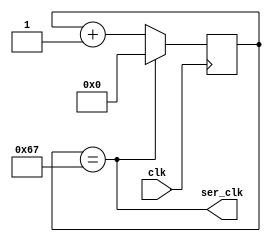
//
// Uart from swapforth by James Bowman subject to this reuse license
//
// Copyright (c) 2015, James Bowman
// All rights reserved.
//
// Redistribution and use in source and binary forms, with or without
// modification, are permitted provided that the following conditions are met:
//
// * Redistributions of source code must retain the above copyright notice, this
//  list of conditions and the following disclaimer.
// 
// * Redistributions in binary form must reproduce the above copyright notice,
//   this list of conditions and the following disclaimer in the documentation
//  and/or other materials provided with the distribution.
// 
// * Neither the name of swapforth nor the names of its
//   contributors may be used to endorse or promote products derived from
//  this software without specific prior written permission.
// 
// THIS SOFTWARE IS PROVIDED BY THE COPYRIGHT HOLDERS AND CONTRIBUTORS "AS IS"
// AND ANY EXPRESS OR IMPLIED WARRANTIES, INCLUDING, BUT NOT LIMITED TO, THE
// IMPLIED WARRANTIES OF MERCHANTABILITY AND FITNESS FOR A PARTICULAR PURPOSE ARE
// DISCLAIMED. IN NO EVENT SHALL THE COPYRIGHT HOLDER OR CONTRIBUTORS BE LIABLE
// FOR ANY DIRECT, INDIRECT, INCIDENTAL, SPECIAL, EXEMPLARY, OR CONSEQUENTIAL
// DAMAGES (INCLUDING, BUT NOT LIMITED TO, PROCUREMENT OF SUBSTITUTE GOODS OR
// SERVICES; LOSS OF USE, DATA, OR PROFITS; OR BUSINESS INTERRUPTION) HOWEVER
// CAUSED AND ON ANY THEORY OF LIABILITY, WHETHER IN CONTRACT, STRICT LIABILITY,
// OR TORT (INCLUDING NEGLIGENCE OR OTHERWISE) ARISING IN ANY WAY OUT OF THE USE
// OF THIS SOFTWARE, EVEN IF ADVISED OF THE POSSIBILITY OF SUCH DAMAGE.

`default_nettype none

`define CLKFREQ   12000000    // frequency of incoming signal 'clk'
`define BAUD      115200

// Simple baud generator for transmitter
// ser_clk pulses at 115200 Hz

module baudgen(
  input wire clk,
  output wire ser_clk);

  localparam lim = (`CLKFREQ / `BAUD) - 1; 
  localparam w = $clog2(lim);
  wire [w-1:0] limit = lim;
  reg [w-1:0] counter;
  assign ser_clk = (counter == limit);

  always @(posedge clk)
    counter <= ser_clk ? 0 : (counter + 1);
endmodule

// For receiver, a similar baud generator.
//
// Need to restart the counter when the transmission starts
// Generate 2X the baud rate to allow sampling on bit boundary
// So ser_clk pulses at 2*115200 Hz

module baudgen2(
  input wire clk,
  input wire restart,
  output wire ser_clk);

  localparam lim = (`CLKFREQ / (2 * `BAUD)) - 1; 
  localparam w = $clog2(lim);
  wire [w-1:0] limit = lim;
  reg [w-1:0] counter;
  assign ser_clk = (counter == limit);

  always @(posedge clk)
    if (restart)
      counter <= 0;
    else
      counter <= ser_clk ? 0 : (counter + 1);

endmodule

/*

-----+     +-----+-----+-----+-----+-----+-----+-----+-----+-----+-----+----
     |     |     |     |     |     |     |     |     |     |     |     |
     |start|  1  |  2  |  3  |  4  |  5  |  6  |  7  |  8  |stop1|stop2|
     |     |     |     |     |     |     |     |     |     |     |  ?  |
     +-----+-----+-----+-----+-----+-----+-----+-----+-----+           +

*/

module uart(
   input wire clk,
   input wire resetq,

   output wire uart_busy,       // High means UART is transmitting
   output reg uart_tx,          // UART transmit wire

   input wire uart_wr_i,        // Raise to transmit byte
   input wire [7:0] uart_dat_i
);
  reg [3:0] bitcount;           // 0 means idle, so this is a 1-based counter
  reg [8:0] shifter;

  assign uart_busy = |bitcount;
  wire sending = |bitcount;

  wire ser_clk;

  baudgen _baudgen(
    .clk(clk),
    .ser_clk(ser_clk));

  always @(negedge resetq or posedge clk)
  begin
    if (!resetq) begin
      uart_tx <= 1;
      bitcount <= 0;
      shifter <= 0;
    end else begin
      if (uart_wr_i) begin
        { shifter, uart_tx } <= { uart_dat_i[7:0], 1'b0, 1'b1 };
        bitcount <= 1 + 8 + 1;    // 1 start, 8 data, 1 stop
      end else if (ser_clk & sending) begin
        { shifter, uart_tx } <= { 1'b1, shifter };
        bitcount <= bitcount - 4'd1;
      end
    end
  end

endmodule

module rxuart(
   input wire clk,
   input wire resetq,
   input wire uart_rx,      // UART recv wire
   input wire rd,           // read strobe
   output wire valid,       // has data 
   output wire [7:0] data); // data
  reg [4:0] bitcount;
  reg [7:0] shifter;

  // bitcount == 11111: idle
  //             0-17:  sampling incoming bits
  //             18:    character received

  // On starting edge, wait 3 half-bits then sample, and sample every 2 bits thereafter

  wire idle = &bitcount;

   

  assign valid = (bitcount == 18);

  

  wire sample;
  reg [2:0] hh = 3'b111;
  wire [2:0] hhN = {hh[1:0], uart_rx};
  wire startbit = idle & (hhN[2:1] == 2'b10);
  wire [7:0] shifterN = sample ? {hh[1], shifter[7:1]} : shifter;

  wire ser_clk;

  baudgen2 _baudgen(
    .clk(clk),
    .restart(startbit),
    .ser_clk(ser_clk));

  reg [4:0] bitcountN;
  always @*
    if (startbit)
      bitcountN = 0;
    else if (!idle & !valid & ser_clk)
      bitcountN = bitcount + 5'd1;
    else if (valid & rd)
      bitcountN = 5'b11111;
    else
      bitcountN = bitcount;

  // 3,5,7,9,11,13,15,17
  assign sample = (|bitcount[4:1]) & bitcount[0] & ser_clk;
   
  assign data = shifter;

  always @(negedge resetq or posedge clk)
  begin
    if (!resetq) begin
      hh <= 3'b111;
      bitcount <= 5'b11111;
      shifter <= 0;
    end else begin
      hh <= hhN;
      bitcount <= bitcountN;
      shifter <= shifterN;
    end
  end
endmodule

module buart(
   input wire clk,
   input wire resetq,
   input wire rx,           // recv wire
   output wire tx,          // xmit wire
   input wire rd,           // read strobe
   input wire wr,           // write strobe
   output wire valid,       // has recv data 
   output wire busy,        // is transmitting
   input wire [7:0] tx_data,
   output wire [7:0] rx_data // data
);
  rxuart _rx (
     .clk(clk),
     .resetq(resetq),
     .uart_rx(rx),
     .rd(rd),
     .valid(valid),
     .data(rx_data));
  uart _tx (
     .clk(clk),
     .resetq(resetq),
     .uart_busy(busy),
     .uart_tx(tx),
     .uart_wr_i(wr),
     .uart_dat_i(tx_data));
endmodule